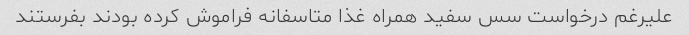
علیرغم درخواست سس سفید همراه غذا متاسفانه فراموش کرده بودند بفرستند